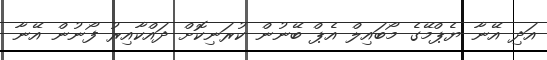
އަދި އޭނާ ޔެޕްމޭގެ މޯބައިލް އެޕް ބޭނުން ކުރަނިކޮށް ދައްކާއިރު ފޯނުން އޭނާ